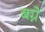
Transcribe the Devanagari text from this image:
बग्ने